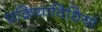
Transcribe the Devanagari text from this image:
प्रक्रियाविधियां